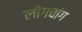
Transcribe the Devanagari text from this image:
लोंगचांग